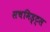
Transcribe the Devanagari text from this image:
सचमिड्ट्स